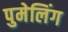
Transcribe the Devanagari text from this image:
पुमेलिंग